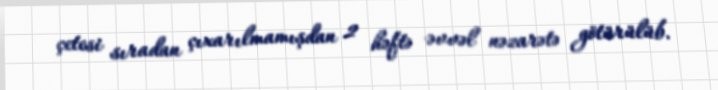
çetesi sıradan çıxarılmamışdan 2 həftə əvvəl nəzarətə götürülüb.